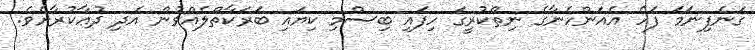
ގަނެފިނަމަ ފަހެ އެއަންހެނާގެ ނިތްކުރީގަ ހިފައި ބިސްމި ކިޔައި ބަރަކާތްލެއްވުން އެދި ދުޢާކުރާށެވެ.